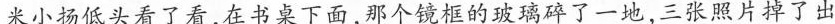
米小扬低头看了看，在书桌下面，那个镜框的玻璃碎了一地，三张照片掉了出